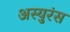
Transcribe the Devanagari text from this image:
अस्युरंस